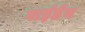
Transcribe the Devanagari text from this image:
गाईडेन